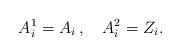
LaTeX: \begin{align*}A^{1}_{i} = A_i \,, \quad A^{2}_{i} = Z_i.\end{align*}